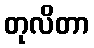
တုလိတာ